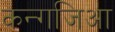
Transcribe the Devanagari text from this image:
कन्गजिआ